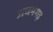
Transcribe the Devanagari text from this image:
अजमगढ़